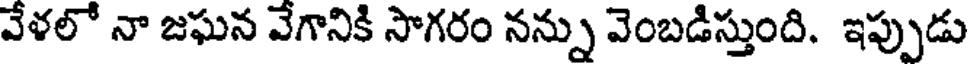
వేళలో నా జఘన వేగానికి సాగరం నన్ను వెంబడిస్తుంది. ఇప్పుడు